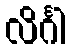
လိင်္ဂါ